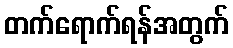
တက်ရောက်ရန်အတွက်